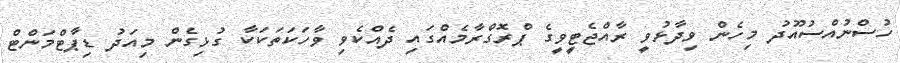
ހުސްނުއްސުއޫދު މިހެން ވިދާޅުވީ ރާއްޖެޓީވީގެ ޕްރޮގްރާމެއްގައި ދެއްކެވި ވާހަކަތަކަކާ ގުޅިގެން މިއަދު ޑިޕާޓްމަންޓް